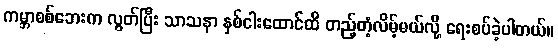
ကမ္ဘာစစ်ဘေးက လွတ်ပြီး သာသနာ နှစ်ငါးထောင်ထိ တည့်တံ့လိမ့်မယ်လို့ ရေးစပ်ခဲ့ပါတယ်။